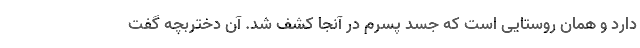
دارد و همان روستایی است که جسد پسرم در آنجا کشف شد. آن دختربچه گفت